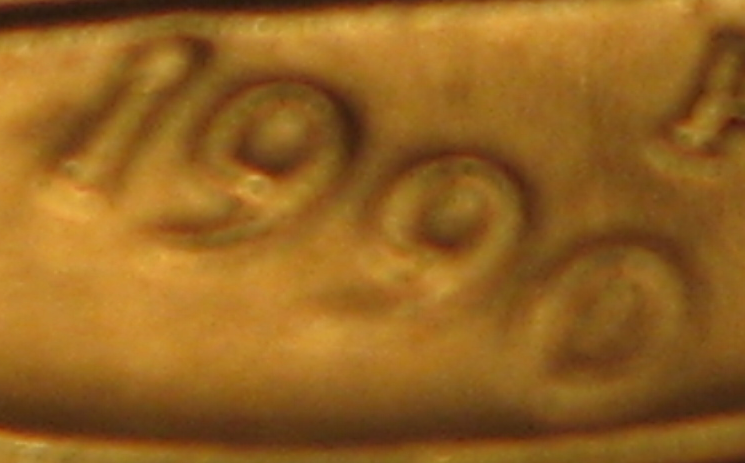
1990